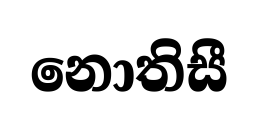
නොතිසී